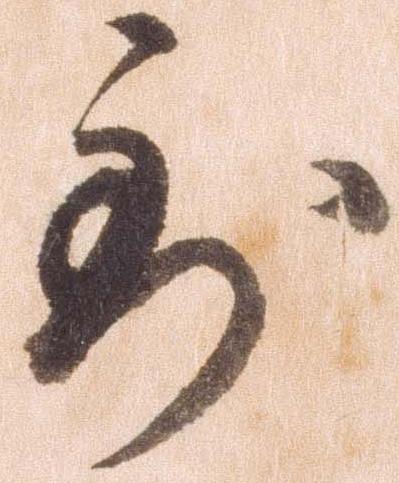
到